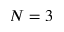
N = 3